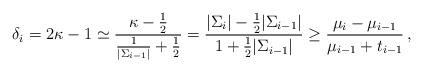
LaTeX: \begin{align*}\delta_i &= 2\kappa - 1 \simeq \frac{\kappa - \frac{1}{2}}{\frac{1}{|\Sigma_{i-1}|} + \frac{1}{2}} = \frac{|\Sigma_i| - \frac{1}{2}|\Sigma_{i-1}|}{1 + \frac{1}{2}|\Sigma_{i-1}|} \geq \frac{\mu_i - \mu_{i-1}}{\mu_{i-1} + t_{i-1}}\,,\end{align*}